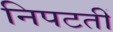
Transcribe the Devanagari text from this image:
निपटतीं